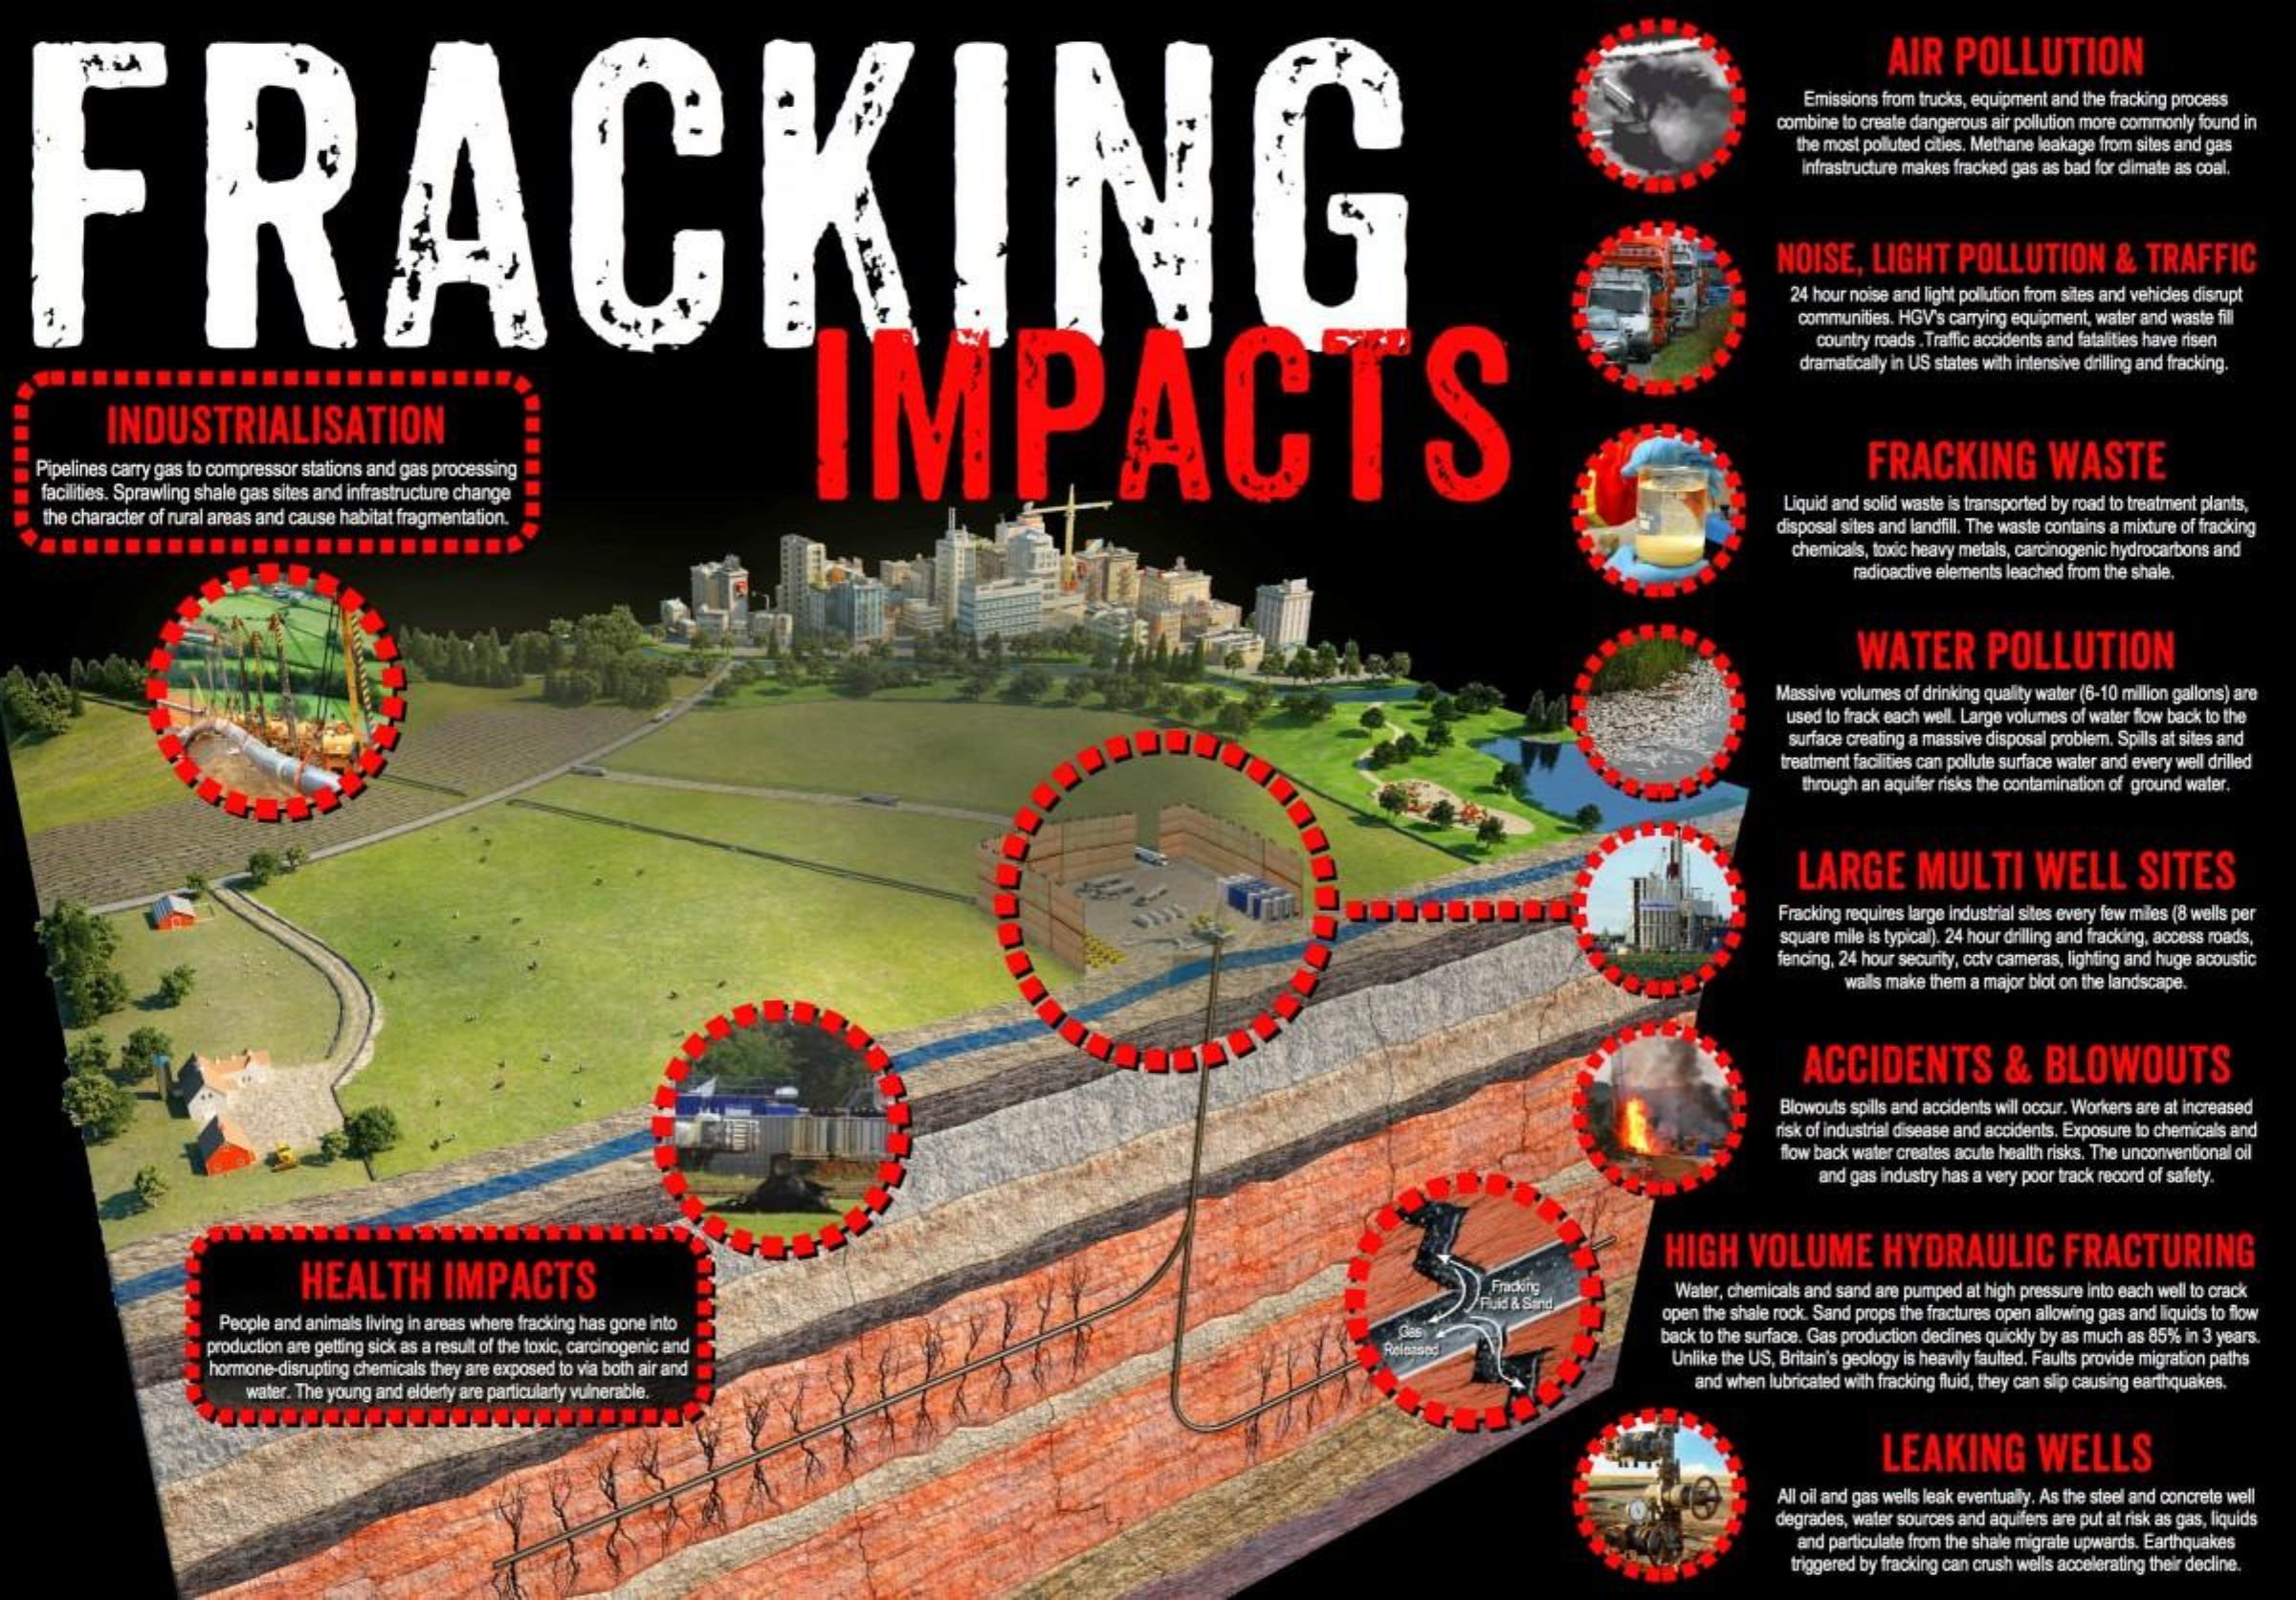
FRACKING
     AIR POLLUTION
     Emissions from trucks, equipment and the fracking process
     combine to create dangerous air pollution more commonly found in
     the most polluted cities, Methane leakage from sites and gas
     infrastructure makes fracked gas as bad for climate as coal.
     NOISE, LIGHT POLLUTION & TRAFFIC
     24 hour noise and light polution from sites and vehicles disrupt
     IMPACTS
     communities. HGV's carrying equipment, water and waste fill
     country roads .Traffic accidents and fatalities have risen
     dramatically in US states with intensive drilling and fracking.
     INDUSTRIALISATION
  ..... Pipelines carry gas to compressor stations and gas processing    FRACKING   WASTE
   facilities. Sprawling shale gas sites and infrastructure change
   the character of rural areas and cause habitat fragmentation.
     Liquid and solid waste is transported by road to treatment plants,
   .......................
     disposal sites and landfil. The waste contains a mixture of fracking
     chemicals, toxic heavy metals, carcinogenic hydrocarbons and
     radioactive elements leached from the shale.
     WATER   POLLUTION
     Massive volumes of drinking quality water (6-10 milion gallons) are
     used to frack each well. Large volumes of water flow back to the
     surface creating a massive disposal problem. Spils at sites and
     treatment facilities can pollute surface water and every well drilled
     through an aquifer risks the contamination of ground water.
     LARGE  MULTI  WELL   SITES
     Fracking requires large industrial sites every few miles (8 wels per
     square mile is typical). 24 hour drilling and fracking, access roads,
     fencing. 24 hour security, cctv cameras, lighting and huge acoustic
     walls make them a major blot on the landscape.
     ACCIDENTS   &  BLOWOUTS
     Blowouts spills and accidents will occur. Workers are at increased
     risk of industrial disease and accidents. Exposure to chemicals and
     flow back water creates acute health risks. The unconventional cil
     and gas industry has a very poor track record of safety.
     HEALTH   IMPACTS
     HIGH VOLUME   HYDRAULIC  FRACTURING
     Water, chemicals and sand are pumped at high pressure into each well to crack
     People and animals living in areas where fracking has gone into    open the shale rock. Sand props the fractures open allowing gas and liquids to flow
     production are getting sick as a result of the toxic, carcinogenic and    back to the surface. Gas production dedines quickly by as much as 85% in 3 years.
     hormone-disrupting chemicals they are exposed to via both air and    Unlike the US, Britain's geology is heavily faulted. Faults provide migration paths
     water. The young and elderly are particularly vulnerable.
     and when lubricated with fracking fluid, they can slip causing earthquakes,
     LEAKING  WELLS
     All oil and gas wells leak eventualy. As the steel and concrete well
     degrades, water sources and aquifers are put at risk as gas, liquids
     and particulate from the shale migrate upwards. Earthquakes
     triggered by fracking can crush wells accelerating their decline.